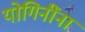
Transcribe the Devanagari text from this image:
योगिनींना